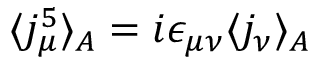
\langle j _ { \mu } ^ { 5 } \rangle _ { A } = i \epsilon _ { \mu \nu } \langle j _ { \nu } \rangle _ { A }